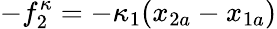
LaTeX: -f_{2}^{\kappa}=-\kappa_{1}(x_{2a}-x_{1a})